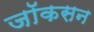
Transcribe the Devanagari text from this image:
जॉकसन